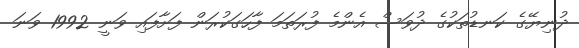
ދުނިޔޭގެ ކަނޑުތަކުގެ ދުވަސް އެންމެ ފުރަތަމަ ފާހަގަކުރަން ފަށާފައި ވަނީ 1992 ވަނަ